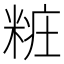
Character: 𰫁